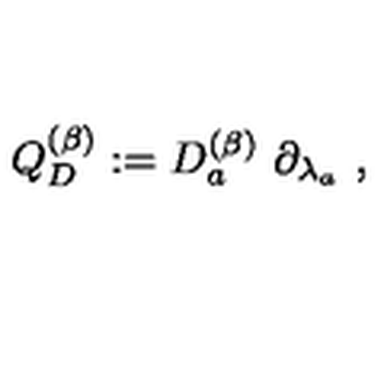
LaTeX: Q _ { D } ^ { ( \beta ) } : = D _ { a } ^ { ( \beta ) } \ \partial _ { \lambda _ { a } } \ ,